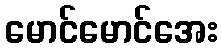
မောင်မောင်အေး